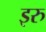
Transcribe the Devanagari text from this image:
इरु